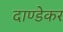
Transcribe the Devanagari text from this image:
दाण्डेकर